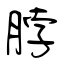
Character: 脖